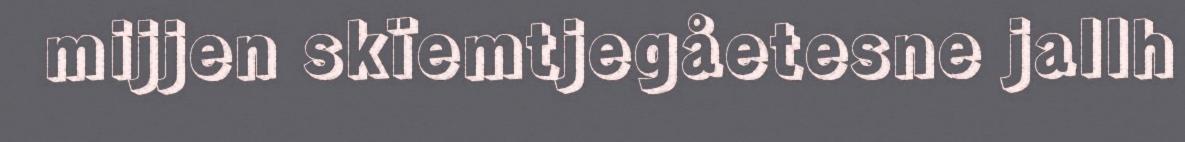
mijjen skïemtjegåetesne jallh